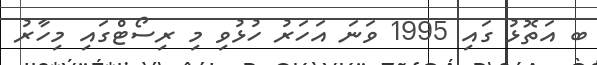
ބ އަތޮޅު ގައި 1995 ވަނަ އަހަރު ހުޅުވި މި ރިސޯޓްގައި މިހާރު